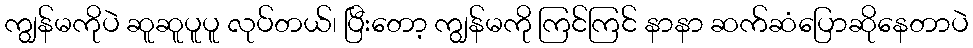
ကျွန်မကိုပဲ ဆူဆူပူပူ လုပ်တယ်၊ ပြီးတော့ ကျွန်မကို ကြင်ကြင် နာနာ ဆက်ဆံပြောဆိုနေတာပဲ